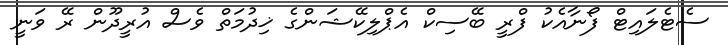
ސެޓެލައިޓް ފޯނާއެކު ފްރީ ބޭސިކް އެޕްލިކޭޝަންގެ ޚިދުމަތް ވެސް އުރީދޫން ރޭ ވަނީ